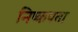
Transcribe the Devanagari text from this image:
निष्कपता